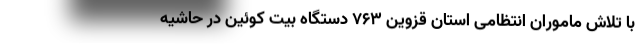
با تلاش ماموران انتظامی استان قزوین ۷۶۳ دستگاه بیت کوئین در حاشیه